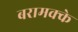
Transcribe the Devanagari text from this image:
बरामक्के